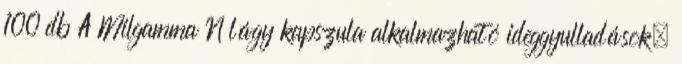
100 db A Milgamma N lágy kapszula alkalmazható ideggyulladások,